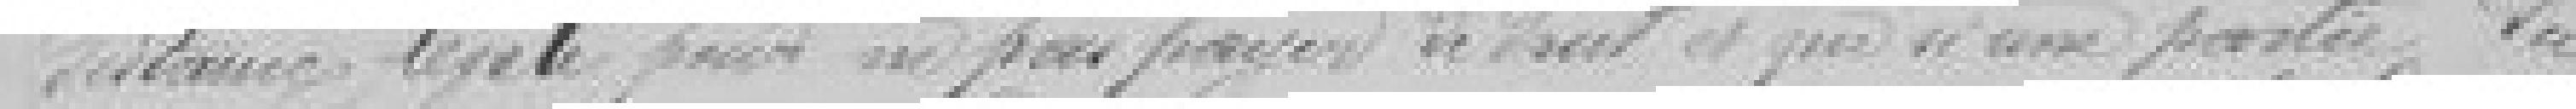
distance légale pour ne pas payer le droit et que si une partie du